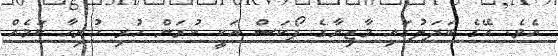
އެވެ. އޭގެ ބަދަލުގައި މާޒިޔާގެ ފޯކަސް އަކީ ކުރަން ހުރި ހުރިހާ ކަމެއް